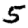
Digit: 5